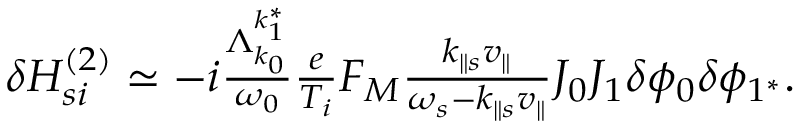
\begin{array} { r } { \delta H _ { s i } ^ { ( 2 ) } \simeq - i \frac { \Lambda _ { k _ { 0 } } ^ { k _ { 1 } ^ { * } } } { \omega _ { 0 } } \frac { e } { T _ { i } } F _ { M } \frac { k _ { \parallel s } v _ { \parallel } } { \omega _ { s } - k _ { \parallel s } v _ { \parallel } } J _ { 0 } J _ { 1 } \delta \phi _ { 0 } \delta \phi _ { 1 ^ { * } } . } \end{array}